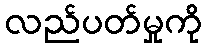
လည်ပတ်မှုကို